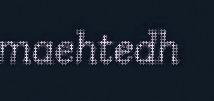
maehtedh